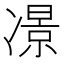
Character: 𠘉